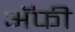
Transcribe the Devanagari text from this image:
अॅफी